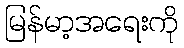
မြန်မာ့အရေးကို